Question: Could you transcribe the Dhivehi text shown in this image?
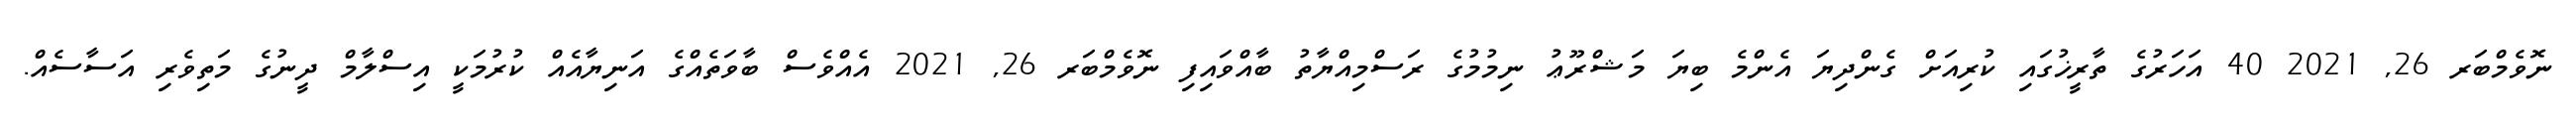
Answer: ނޮވެމްބަރ 26, 2021 40 އަހަރުގެ ތާރީޚުގައި ކުރިއަށް ގެންދިޔަ އެންމެ ބިޔަ މަޝްރޫޢު ނިމުމުގެ ރަސްމިއްޔާތު ބާއްވައިފި ނޮވެމްބަރ 26, 2021 އެއްވެސް ބާވަތެއްގެ އަނިޔާއެއް ކުރުމަކީ އިސްލާމް ދީނުގެ މަތިވެރި އަސާސެއް.